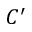
C ^ { \prime }